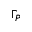
\Gamma _ { P }